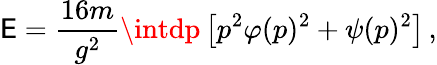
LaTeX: \mathsf{E}=\frac{{16m}}{{g^{2}}}\intdp\left[p^{2}\varphi(p)^{2}+\psi(p)^{2}\right]\, ,